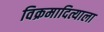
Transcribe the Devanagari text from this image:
विक्रमादित्याला